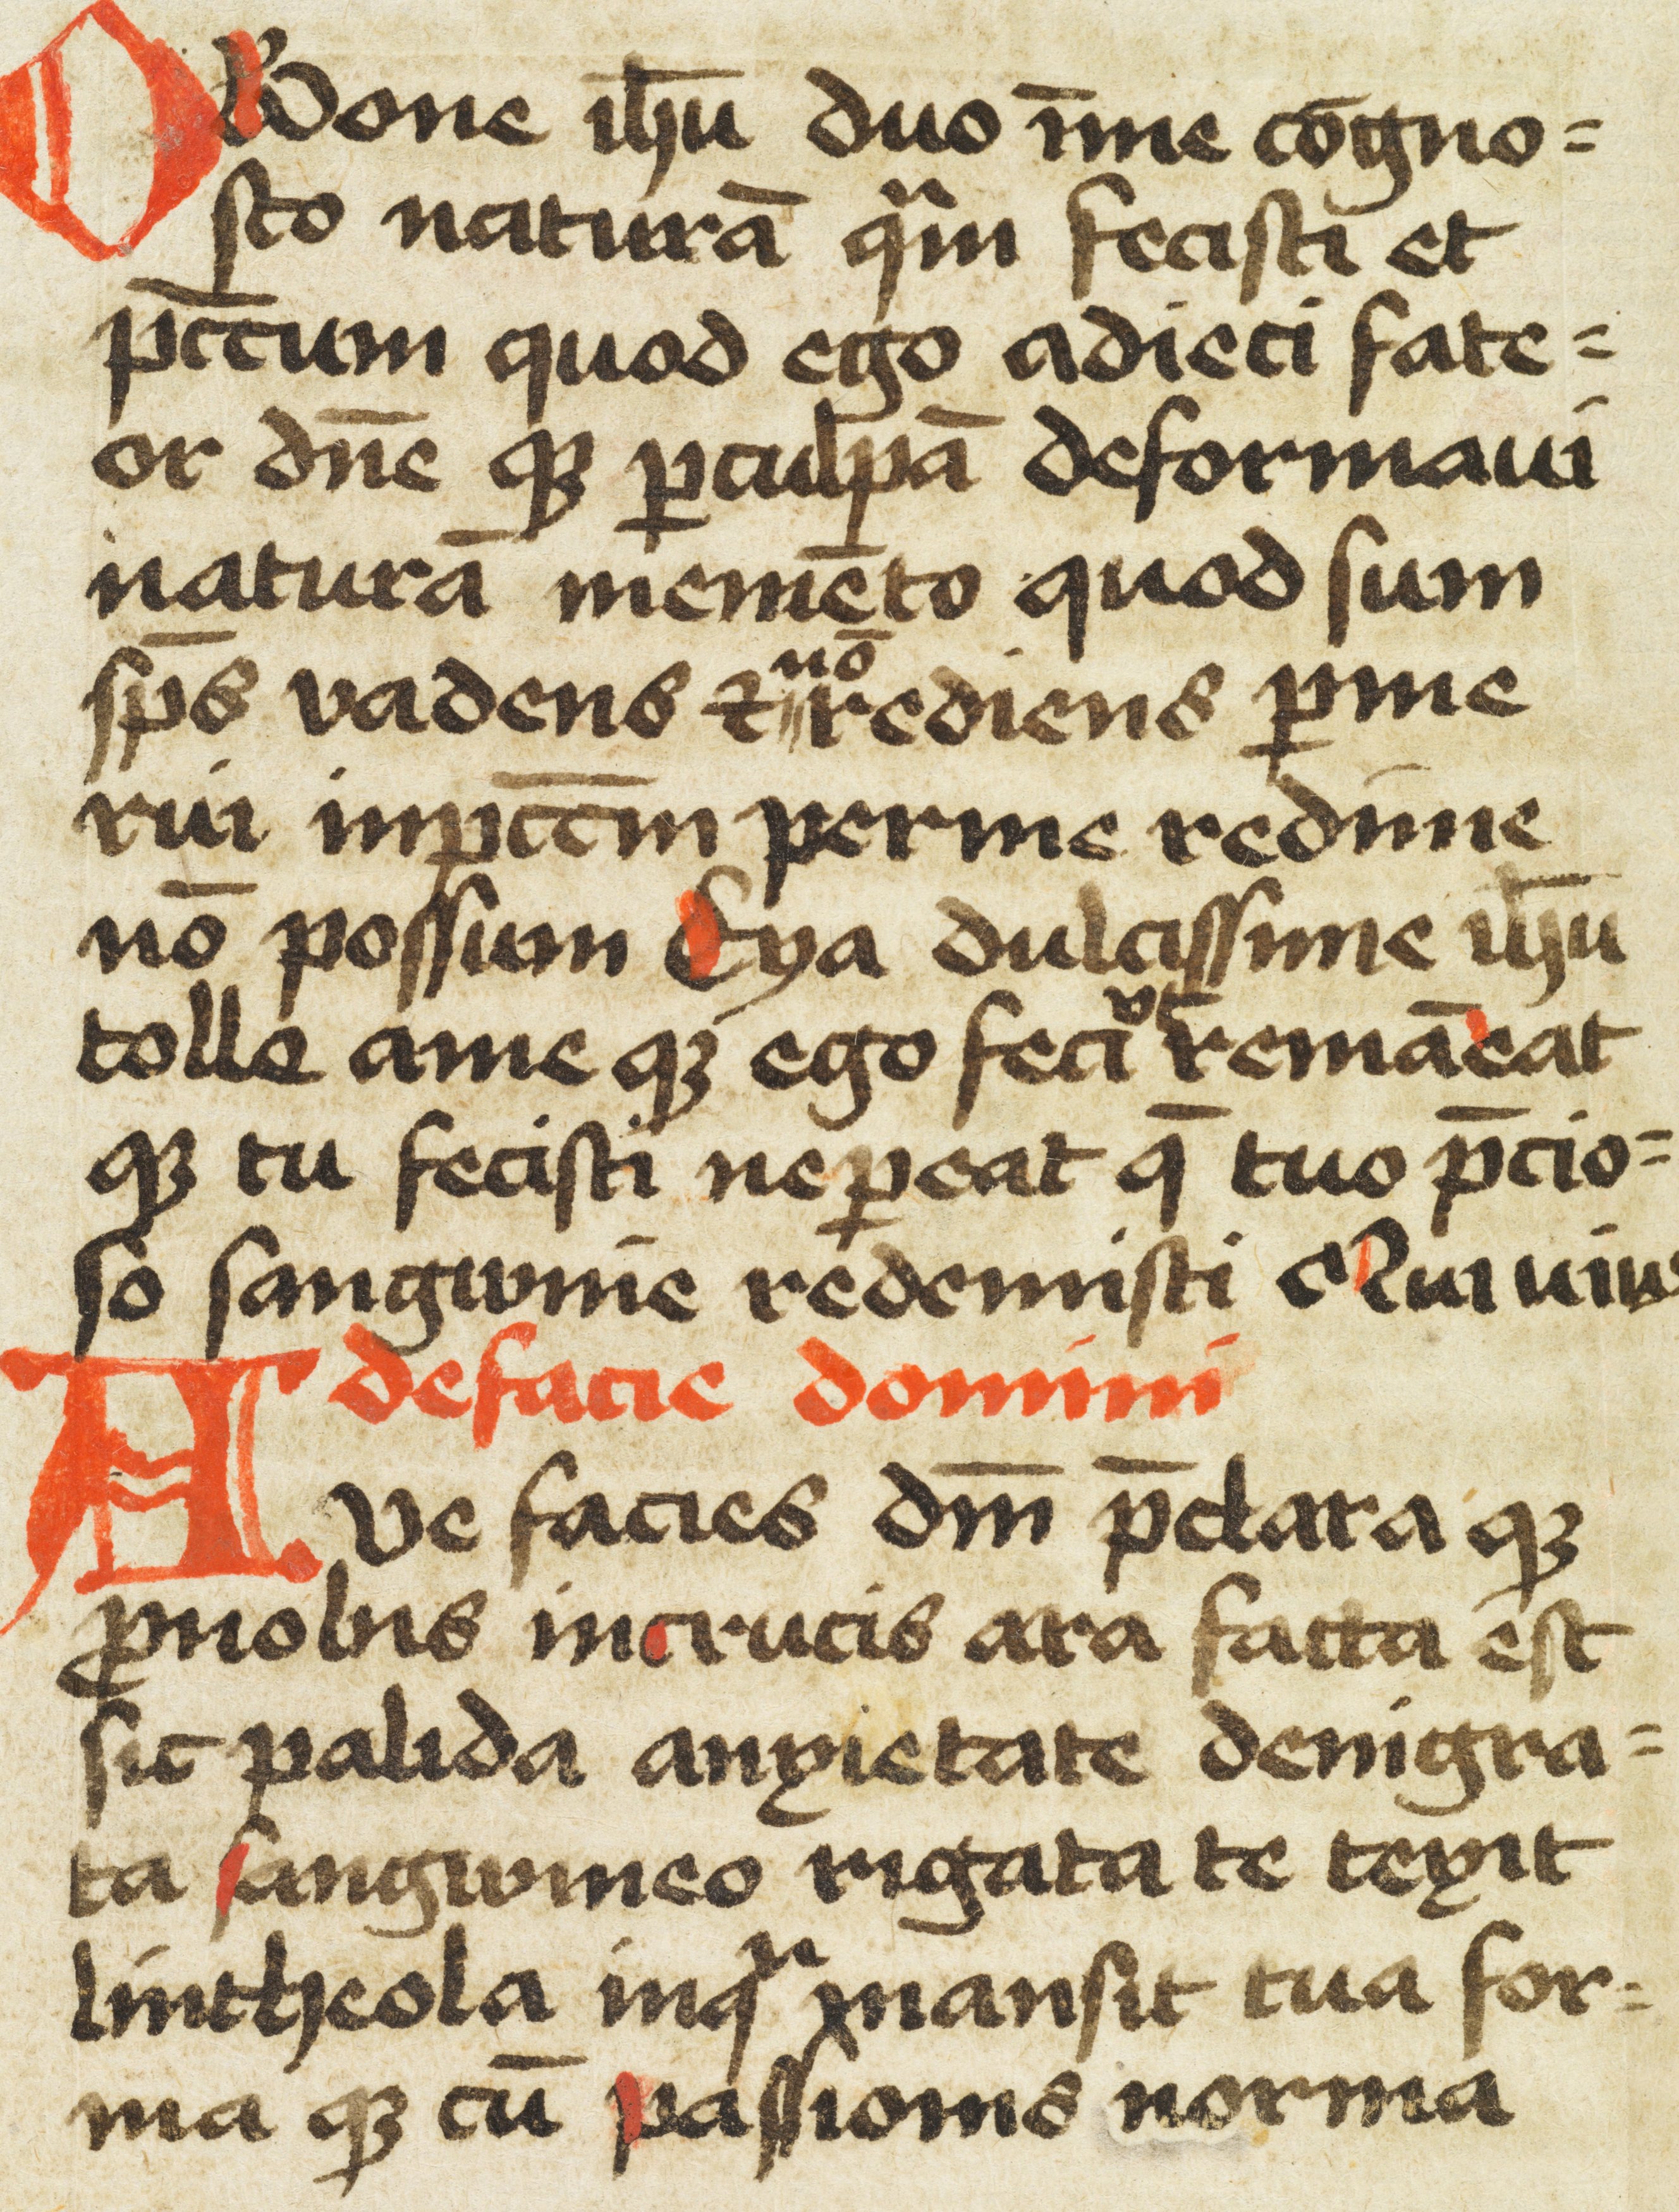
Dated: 1450–1499